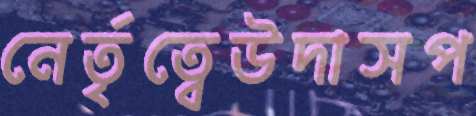
নের্তৃত্বেউদাসপ